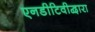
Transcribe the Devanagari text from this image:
एनडीटिवीद्वारा